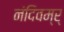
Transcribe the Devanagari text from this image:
नंदिवम्र्